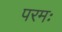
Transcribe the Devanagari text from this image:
परमः